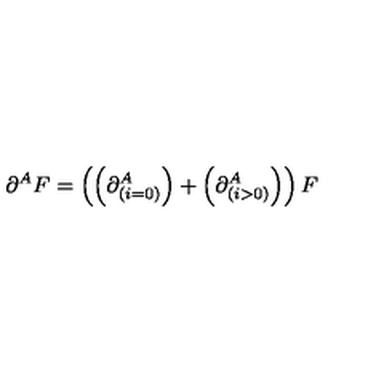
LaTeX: \partial ^ { A } F = \left( \left( \partial _ { \left( i = 0 \right) } ^ { A } \right) + \left( \partial _ { \left( i > 0 \right) } ^ { A } \right) \right) F